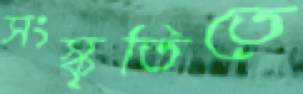
সংস্কৃতিতে